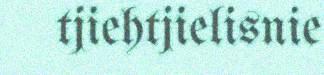
tjiehtjielisnie